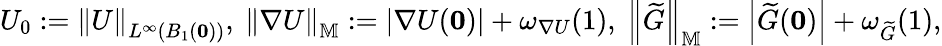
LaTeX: \begin{array}{r}{U_{0}:=\left\| U\right\| _{L^{\infty}(B_{1}(\mathbf{0}))},\ \left\| \nabla U\right\| _{\mathbb{M}}:=\left|\nabla U(\mathbf{0})\right|+\omega_{\nabla U}(1),\ \left\| \widetilde{G}\right\| _{\mathbb{M}}:=\left|\widetilde{G}(\mathbf{0})\right|+\omega_{\widetilde{G}}(1),}\end{array}